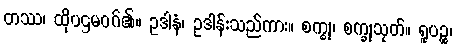
တဿ၊ ထိုပဌမဝဂ်၏။ ဥဒါနံ၊ ဥဒါန်းသည်ကား။ စက္ခု၊ စက္ခုသုတ်။ ရူပဉ္စ၊